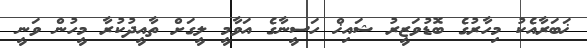
ޚަބަރާއެކު މިހާރުގެ ބޮޑުވަޒީރު ޝައިޚް ހަސީނާގެ އަވާމީ ލީގަށް ތާއީދުކުރާ މީހުން ވަނީ